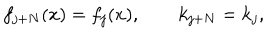
f _ { j + N } ( x ) = f _ { j } ( x ) , \qquad k _ { j + N } = k _ { j } ,